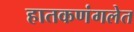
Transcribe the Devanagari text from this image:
हातकणंगलेत